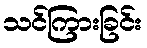
သင်ကြားခြင်း